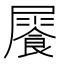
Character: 𩛻